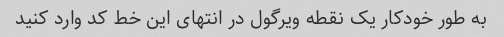
به طور خودکار یک نقطه ویرگول در انتهای این خط کد وارد کنید